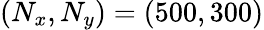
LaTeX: (N_{x},N_{y})=(500,300)